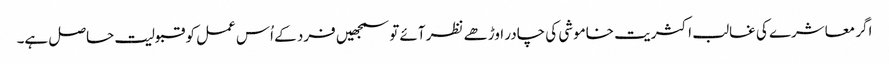
اگر معاشرے کی غالب اکثریت خاموشی کی چادر اوڑھے نظر آئے تو سمجھیں فرد کے اُس عمل کو قبولیت حاصل ہے۔